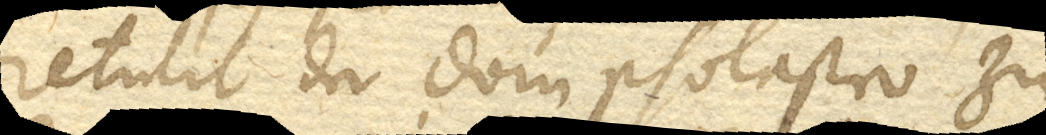
retulit der domscholaster zu